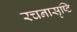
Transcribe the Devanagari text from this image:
रचनासृष्टि